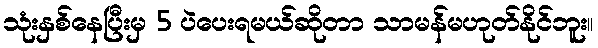
သုံးနှစ်နေပြီးမှ 5 ပဲပေးရမယ်ဆိုတာ သာမန်မဟုတ်နိုင်ဘူး။